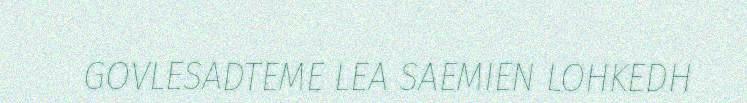
GOVLESADTEME LEA SAEMIEN LOHKEDH